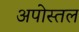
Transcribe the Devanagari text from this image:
अपोस्तल